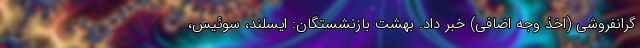
گرانفروشی (اخذ وجه اضافی) خبر داد. بهشت بازنشستگان: ایسلند، سوئیس،